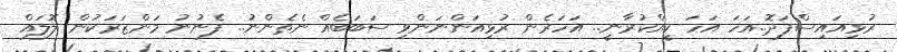
ރުޅިއައިސްފަދޮ..އަހަ އަހަ ކީއްކުރާނީ.. އަހަރެން ރުޅިއަންނަންވި ސަބަބެއް ނެތެންނު.. ފެނުނު މަންޒަރަކުން ލޮލައް